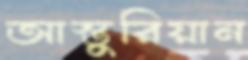
আস্তুরিয়ান